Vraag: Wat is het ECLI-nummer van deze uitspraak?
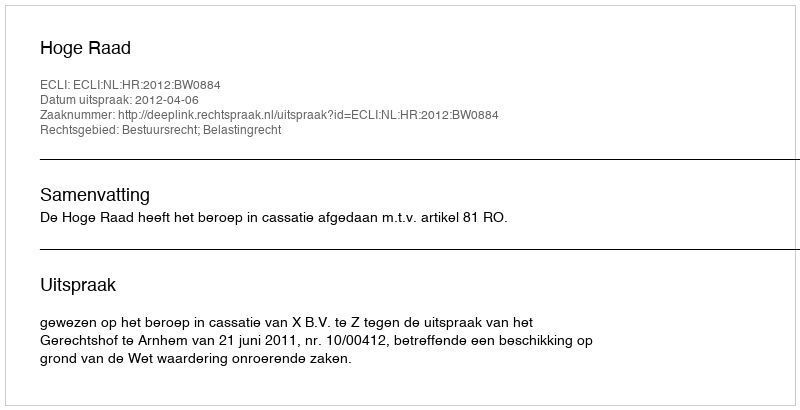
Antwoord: ECLI:NL:HR:2012:BW0884